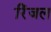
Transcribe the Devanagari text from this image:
रिंजल